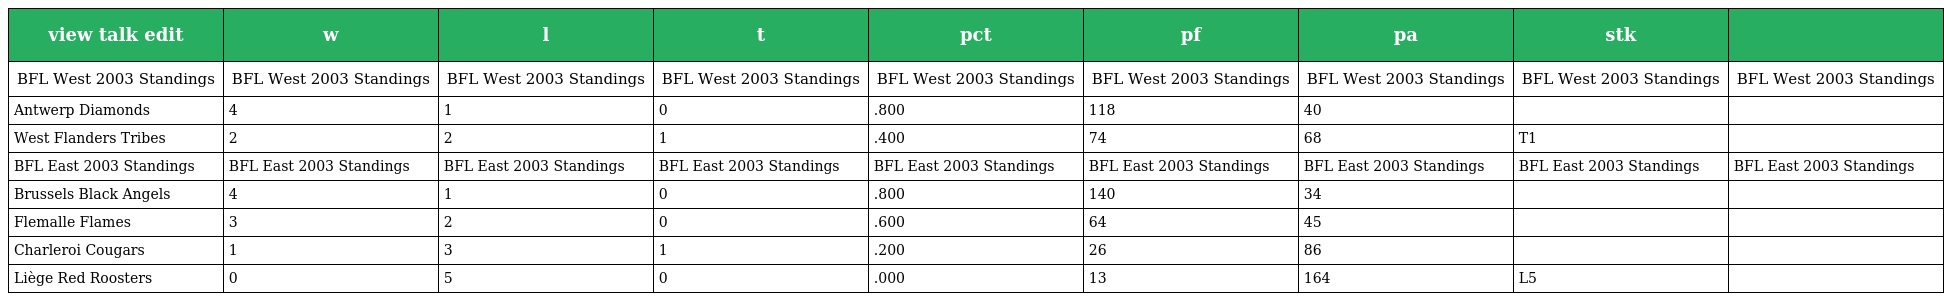
| view talk edit | w | l | t | pct | pf | pa | stk |  |
 | --- | --- | --- | --- | --- | --- | --- | --- | --- |
 | BFL West 2003 Standings | BFL West 2003 Standings | BFL West 2003 Standings | BFL West 2003 Standings | BFL West 2003 Standings | BFL West 2003 Standings | BFL West 2003 Standings | BFL West 2003 Standings | BFL West 2003 Standings |
 | Antwerp Diamonds | 4 | 1 | 0 | .800 | 118 | 40 |  |  |
 | West Flanders Tribes | 2 | 2 | 1 | .400 | 74 | 68 | T1 |  |
 | BFL East 2003 Standings | BFL East 2003 Standings | BFL East 2003 Standings | BFL East 2003 Standings | BFL East 2003 Standings | BFL East 2003 Standings | BFL East 2003 Standings | BFL East 2003 Standings | BFL East 2003 Standings |
 | Brussels Black Angels | 4 | 1 | 0 | .800 | 140 | 34 |  |  |
 | Flemalle Flames | 3 | 2 | 0 | .600 | 64 | 45 |  |  |
 | Charleroi Cougars | 1 | 3 | 1 | .200 | 26 | 86 |  |  |
 | Liège Red Roosters | 0 | 5 | 0 | .000 | 13 | 164 | L5 |  |